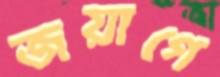
জয়াগে